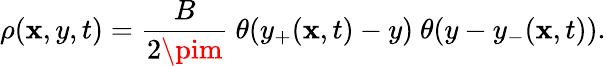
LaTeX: \rho(\mathbf{x},y,t)={\frac{{B}}{{2\pim}}}\ \theta(y_{+}(\mathbf{x},t)-y)\ \theta(y-y_{-}(\mathbf{x},t)).